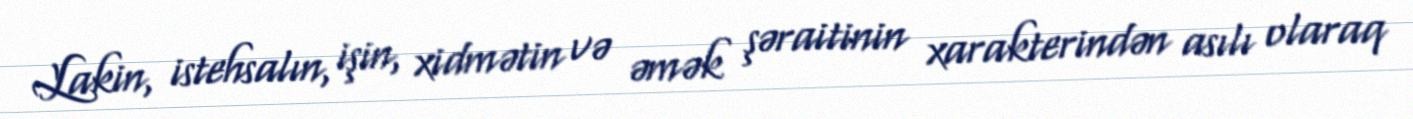
Lakin, istehsalın, işin, xidmətin və əmək şəraitinin xarakterindən asılı olaraq